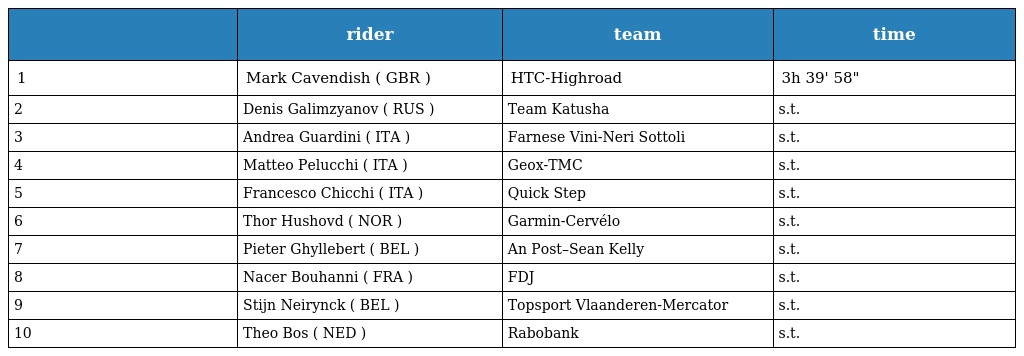
|  | rider | team | time |
 | --- | --- | --- | --- |
 | 1 | Mark Cavendish ( GBR ) | HTC-Highroad | 3h 39' 58" |
 | 2 | Denis Galimzyanov ( RUS ) | Team Katusha | s.t. |
 | 3 | Andrea Guardini ( ITA ) | Farnese Vini-Neri Sottoli | s.t. |
 | 4 | Matteo Pelucchi ( ITA ) | Geox-TMC | s.t. |
 | 5 | Francesco Chicchi ( ITA ) | Quick Step | s.t. |
 | 6 | Thor Hushovd ( NOR ) | Garmin-Cervélo | s.t. |
 | 7 | Pieter Ghyllebert ( BEL ) | An Post–Sean Kelly | s.t. |
 | 8 | Nacer Bouhanni ( FRA ) | FDJ | s.t. |
 | 9 | Stijn Neirynck ( BEL ) | Topsport Vlaanderen-Mercator | s.t. |
 | 10 | Theo Bos ( NED ) | Rabobank | s.t. |